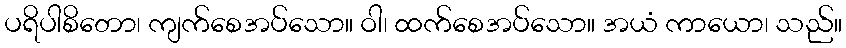
ပရိပါစိတော၊ ကျက်စေအပ်သော။ ဝါ၊ ထက်စေအပ်သော။ အယံ ကာယော၊ သည်။